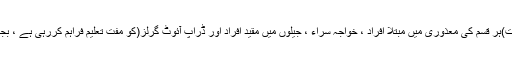
ڈاکٹر ضیاء القیوم نے مزید بتایا کہ یونیورسٹی ملک کے چار محروم طبقات)ہر قسم کی معذوری میں مبتلا افراد ،ْ خواجہ سراء ،ْ جیلوں میں مقید افراد اور ڈراپ آئوٹ گرلز(کو مفت تعلیم فراہم کررہی ہے ،ْ بجٹ 2020-21ء میں اِس کام کے لئے مختص بجٹ میں اضافہ کیا گیا ہے۔